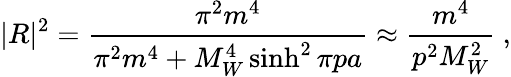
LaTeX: |R|^{2}=\frac{\pi^{2}m^{4}}{\pi^{2}m^{4}+M_{W}^{4}\sinh^{2}\pi pa}\approx\frac{m^{4}}{p^{2}M_{W}^{2}}\ ,